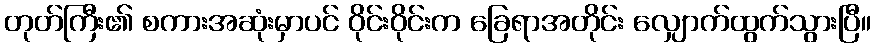
တုတ်ကြီး၏ စကားအဆုံးမှာပင် ဝိုင်းဝိုင်းက ခြေရာအတိုင်း လျှောက်ထွက်သွားပြီ။